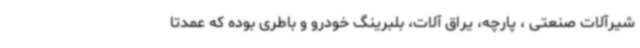
شیرآلات صنعتی ، پارچه، یراق آلات، بلبرینگ خودرو و باطری بوده که عمدتا